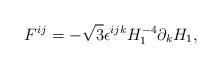
LaTeX: \begin{align*}F^{ij}=-\sqrt{3}\epsilon^{ijk}H_1^{-4}\partial_{k}H_1,\end{align*}